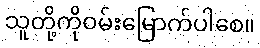
သူတို့ကိုဝမ်းမြောက်ပါစေ။